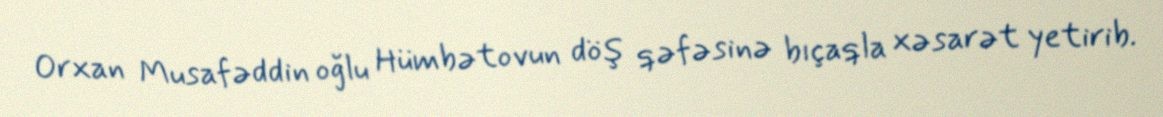
Orxan Musafəddin oğlu Hümbətovun döş qəfəsinə bıçaqla xəsarət yetirib.